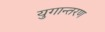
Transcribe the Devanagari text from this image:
युगान्तरण